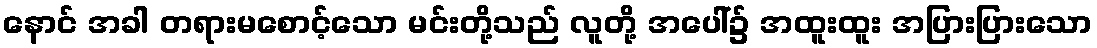
နောင် အခါ တရားမစောင့်သော မင်းတို့သည် လူတို့ အပေါ်၌ အထူးထူး အပြားပြားသော